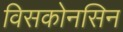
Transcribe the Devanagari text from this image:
विसकोनसिन